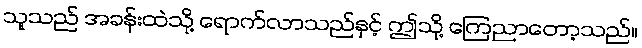
သူသည် အခန်းထဲသို့ ရောက်လာသည်နှင့် ဤသို့ ကြေညာတော့သည်။